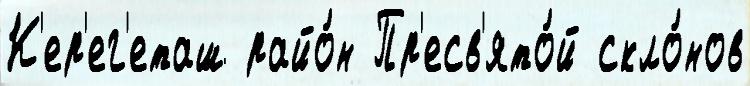
К'ер'ег'еташ райо́н Пр'есв'ято́й скло́нов